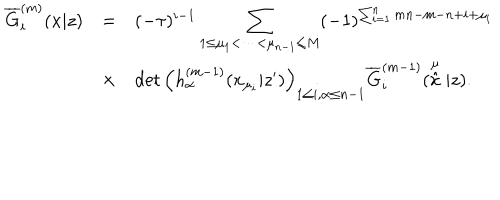
\begin{array} { r c l } { { \overline { { { G } } } _ { i } ^ { ( m ) } ( x | z ) } } & { { = } } & { { ( - \tau ) ^ { i - 1 } \displaystyle \sum _ { 1 \leq \mu _ { 1 } < \cdots < \mu _ { n - 1 } \leq M } ( - 1 ) ^ { \sum _ { i = 1 } ^ { n } m n - m - n + i + \mu _ { i } } } } \\ { { } } & { { \times } } & { { \det \left( h _ { \alpha } ^ { ( m - 1 ) } ( x _ { \mu _ { i } } | z ^ { \prime } ) \right) _ { 1 \leq i , \alpha \leq n - 1 } \overline { { { G } } } _ { i } ^ { ( m - 1 ) } ( \stackrel { \mu } { \hat { x } } | z ) . } } \\ \end{array}